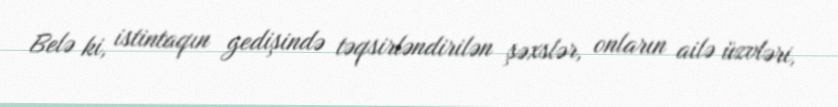
Belə ki, istintaqın gedişində təqsirləndirilən şəxslər, onların ailə üzvləri,